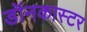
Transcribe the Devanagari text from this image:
डॉनकास्टर